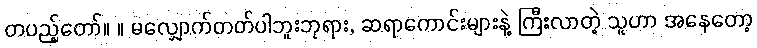
တပည့်တော်။ ။ မလျှောက်တတ်ပါဘူးဘုရား, ဆရာကောင်းများနဲ့ ကြီးလာတဲ့ သူဟာ အနေတော့